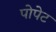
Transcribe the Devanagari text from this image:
पोपेट